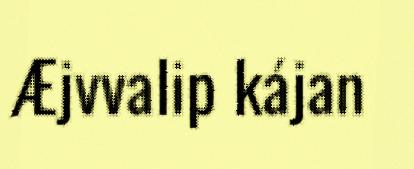
Æjvvalip kájan